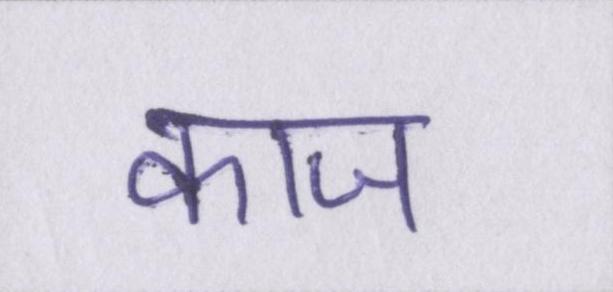
काज